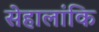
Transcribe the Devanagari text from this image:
सेहालांकि